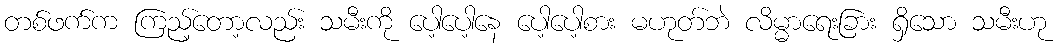
တစ်ဖက်က ကြည့်တော့လည်း သမီးကို ပေါ့ပေါ့နေ ပေါ့ပေါ့စား မဟုတ်ဘဲ လိမ္မာရေးခြား ရှိသော သမီးဟု